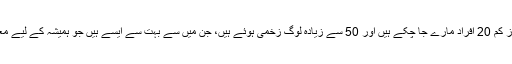
دونوں جانب کم از کم 20 افراد مارے جا چکے ہیں اور 50 سے زیادہ لوگ زخمی ہوئے ہیں، جن میں سے بہت سے ایسے ہیں جو ہمیشہ کے لیے معذور ہو گئے ہیں۔